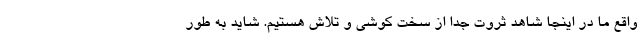
واقع ما در اینجا شاهد ثروت جدا از سخت کوشی و تلاش هستیم. شاید به طور